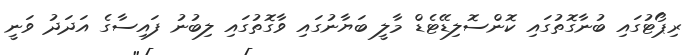
ރިޕޯޓުގައި ބުނާގޮތުގައި ކޮންސޮލިޑޭޓެޑް މާލީ ބަޔާނުގައި ވާގޮތުގައި ލިބުނު ފައިސާގެ އަދަދު ވަނީ